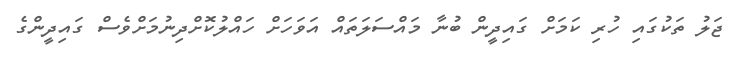
ޖަލު ތަކުގައި ހުރި ކަމަށް ގައިދީން ބުނާ މައްސަލަތައް އަވަހަށް ހައްލުކޮށްދިނުމަށްވެސް ގައިދީންގެ